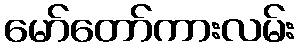
မော်တော်ကားလမ်း